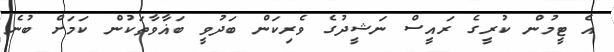
އެ ޓީމުން ކުރީގެ ރައީސް ނަޝީދުގެ ވެރިކަން ބަދުވީ ބަޣާވާތަކުން ކަމަށް ބުނެ